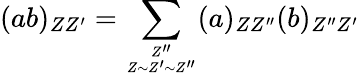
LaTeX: (ab)_{ZZ^{\prime}}=\sum_{{Z^{\prime\prime}}\atop{Z\sim Z^{\prime}\sim Z^{\prime\prime}}}(a)_{ZZ^{\prime\prime}}(b)_{Z^{\prime\prime}Z^{\prime}}